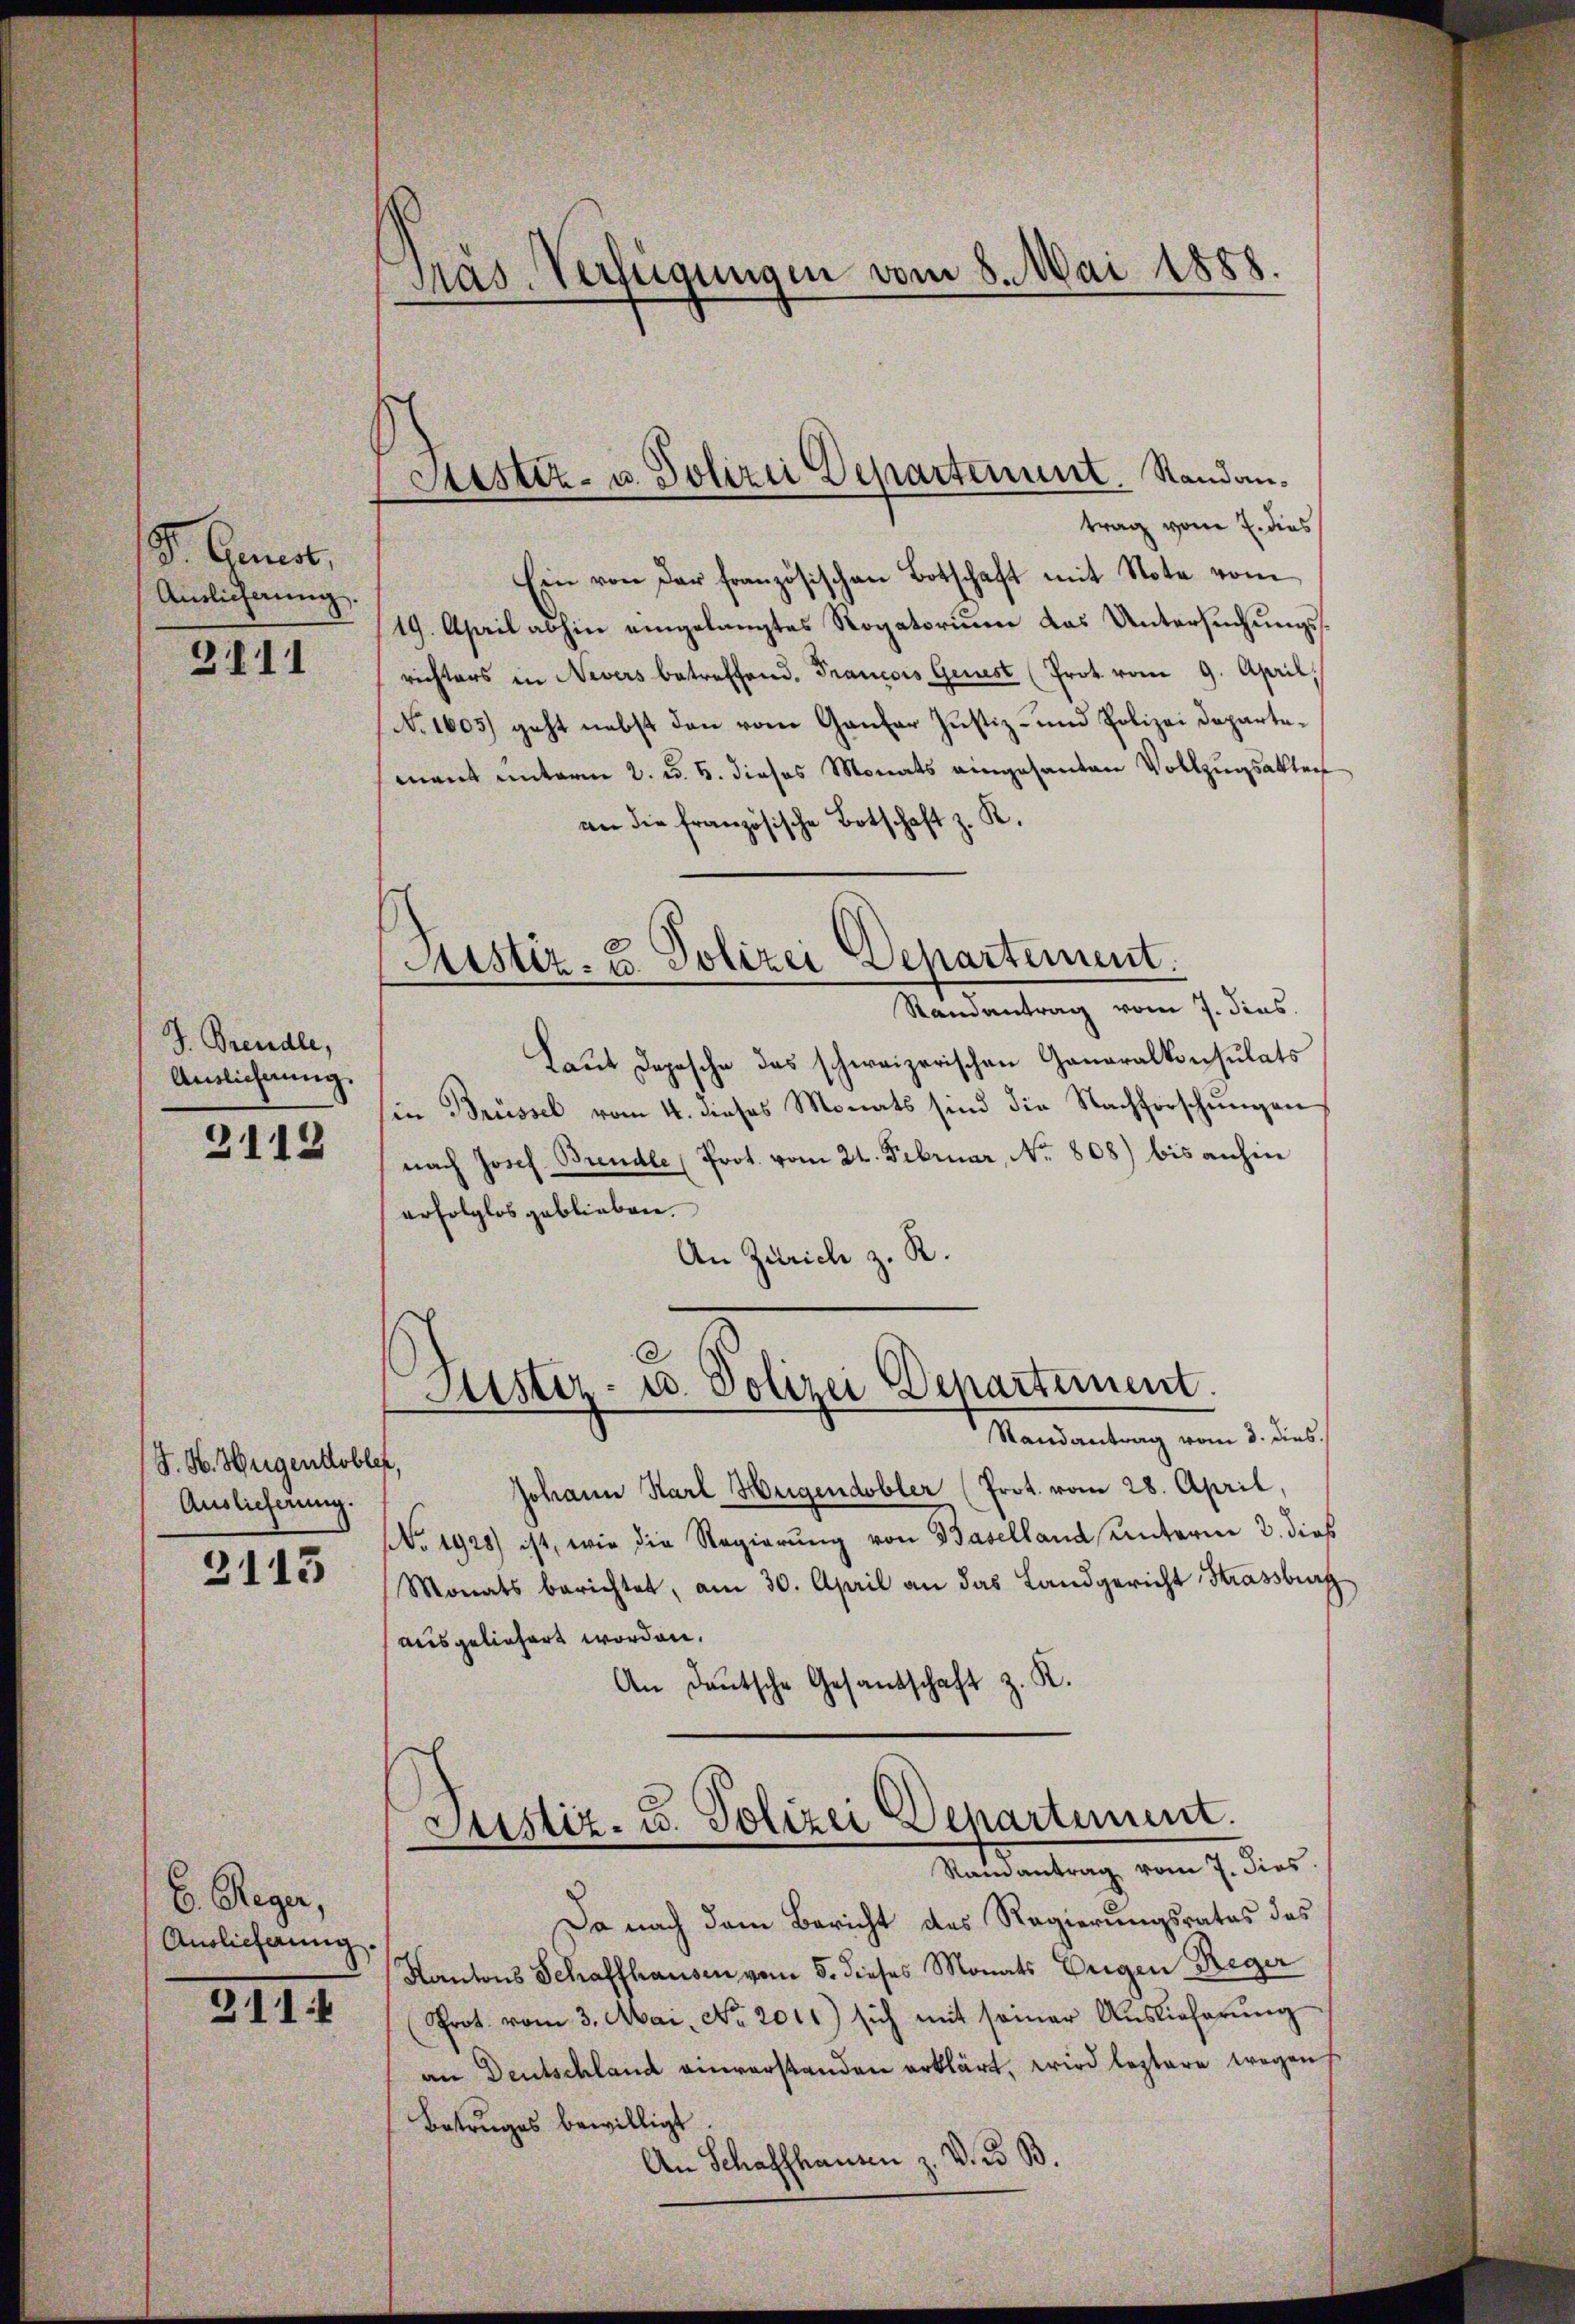
D. Annas,
Auslicherung

3111

J. Brendle,
Auslicherung.

2112

J. H. Hugentobler,
Auslieferung.

3113

E. Reger,
Auslieferung.

211:

Präs. Verfügungen vom 8. Mai 1888.

Sistiz- u. Polizei Departement. Randantrag vom 7. dies

Ein von der französischen Botschaft mit Nota vom
19. April abhin eingelangtes Rogatorium das Untersuchungsrichters in Nevers betreffend. Francois Genest (Prot. vom 9. April,
No 1605) geht nebst den vom Gantor Justiz- und Polizei Departemant unterm 2. d. 5. dieses Monats eingesanten Vollzugsakter
an die französische Botschaft z. K.
Justiz- & Polizei Departement.
Randantrag vom 7. dies
Laŭt Depesche das schweizerischen Generalkonsulats
in Brüssel vom 4. dieses Monats sind die Nachforschungen
nach Josef Brendle (Prot. vom 24. Februar, No. 808) bis anhin
erfolglos geblieben.
An Zürich z. R.

d
Justiz- u. Polizei Departement.

Randantrag vom 3. dies.
Johann Karl Hugendobler (Prot. vom 28. April,
Nr. 1928) ist, wie die Regierŭng von Baselland unterm 3. dieß
Monats berichtet, am 30. April an das Landgericht Strassburg
ausgeliefert worden.
An Deutsche Gesandschaft z. K.

Justiz- u. Polizei Departement.
Ramantrag vom 7. dies

Da nach dem Bericht des Regierungsrates des
Kantons Schaffhausen vom 5. dieses Monats Eigen Reger
Prot. vom 3. Mai, No 2011) sich mit seiner Auslieferung
an Deutschland anverstanden erklärt, wird leztere wegens
Bestruges bewilligt.
An Schaffhausen z. V. d. B.